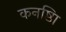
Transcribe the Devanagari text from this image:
कनष्ठाि